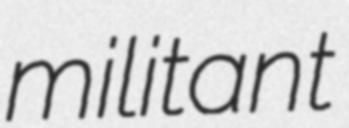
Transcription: militant